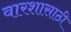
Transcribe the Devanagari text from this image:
वारशासाठी